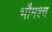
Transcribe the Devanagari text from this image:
भौमश्च